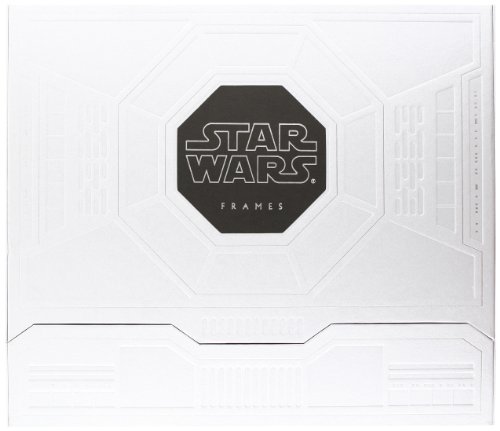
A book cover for Star Wars: Frames; George Lucas; Humor & Entertainment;